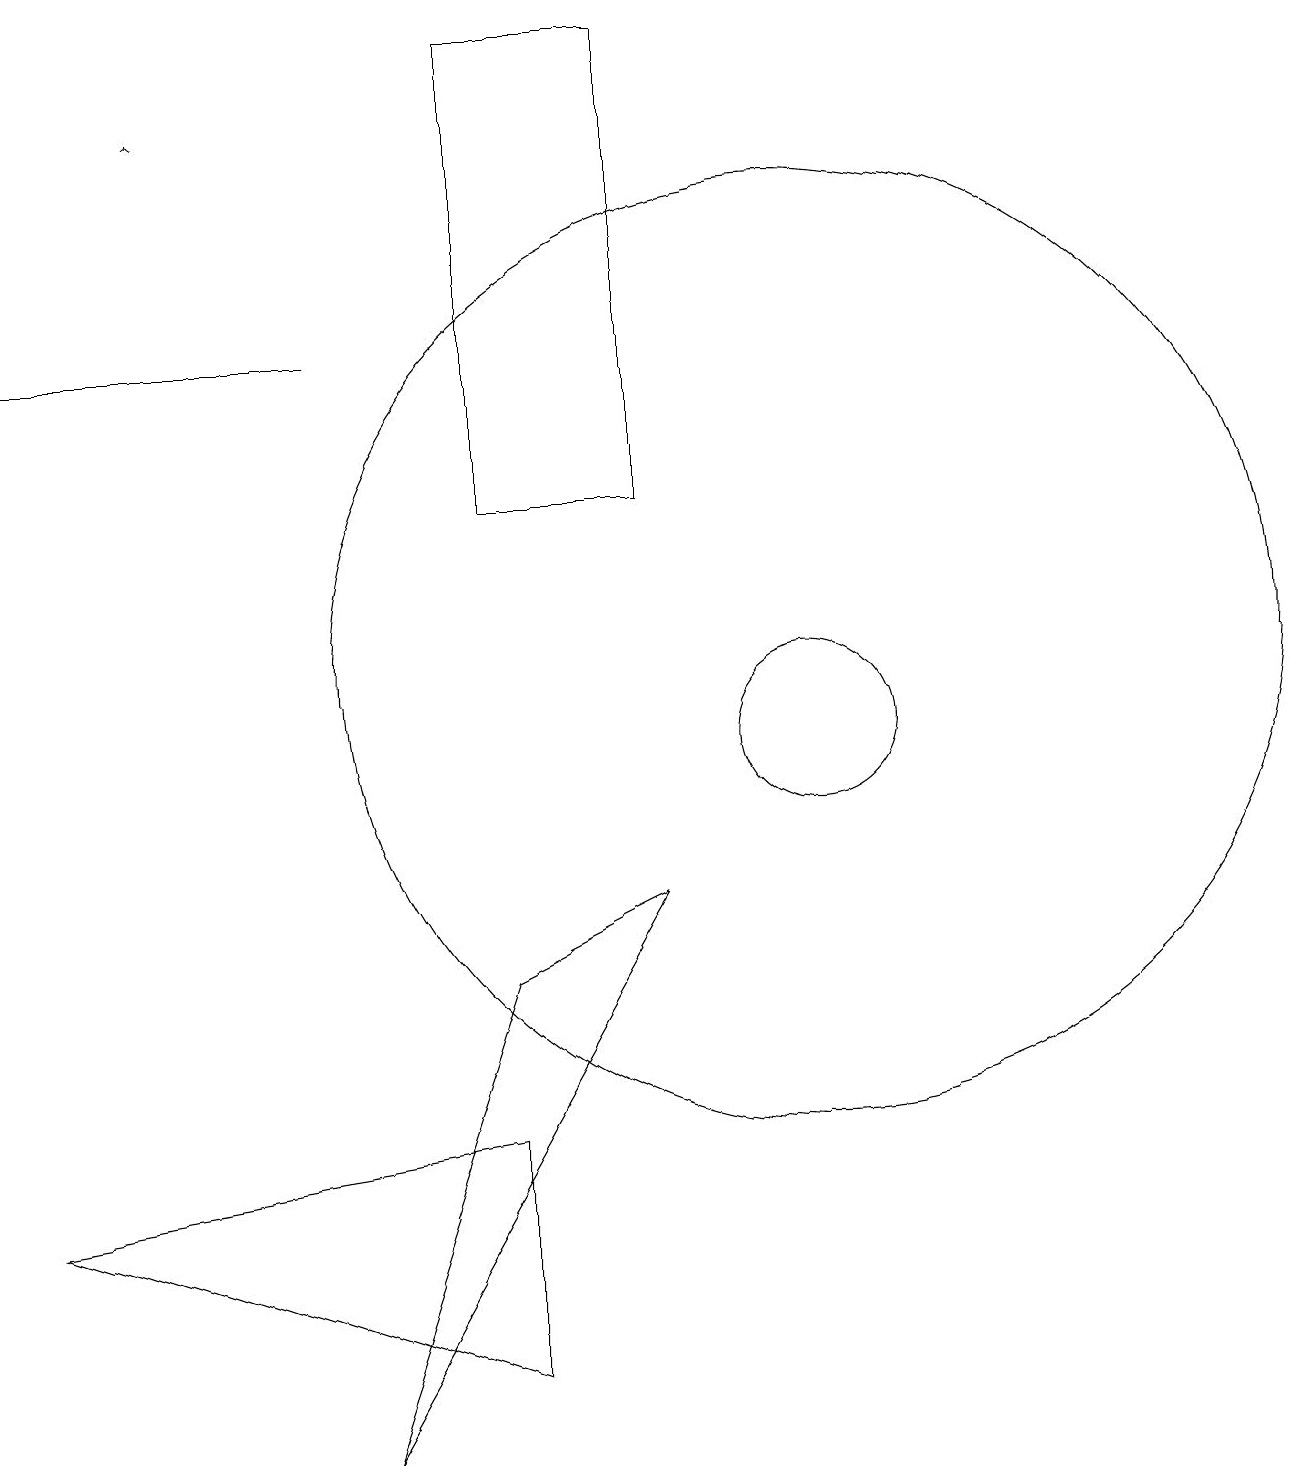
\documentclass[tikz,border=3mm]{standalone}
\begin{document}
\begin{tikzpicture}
\draw (6,7) -- (4,1) -- (8,8) -- cycle;
\draw (10,11) circle (6);
\draw (6,19) rectangle (8,13);
\draw (11,10) circle (0);
\draw[->] (2,18) -- (2,18);
\draw (10,10) circle (1);
\draw (6,5) -- (0,4) -- (6,2) -- cycle;
\draw (4,15) rectangle (0,15);
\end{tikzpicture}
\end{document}